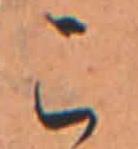
こ